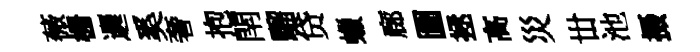
薇栅邐奚奢抱閈騮贷蠟廊圗拯高災丗池摄